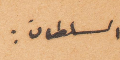
السلطان: